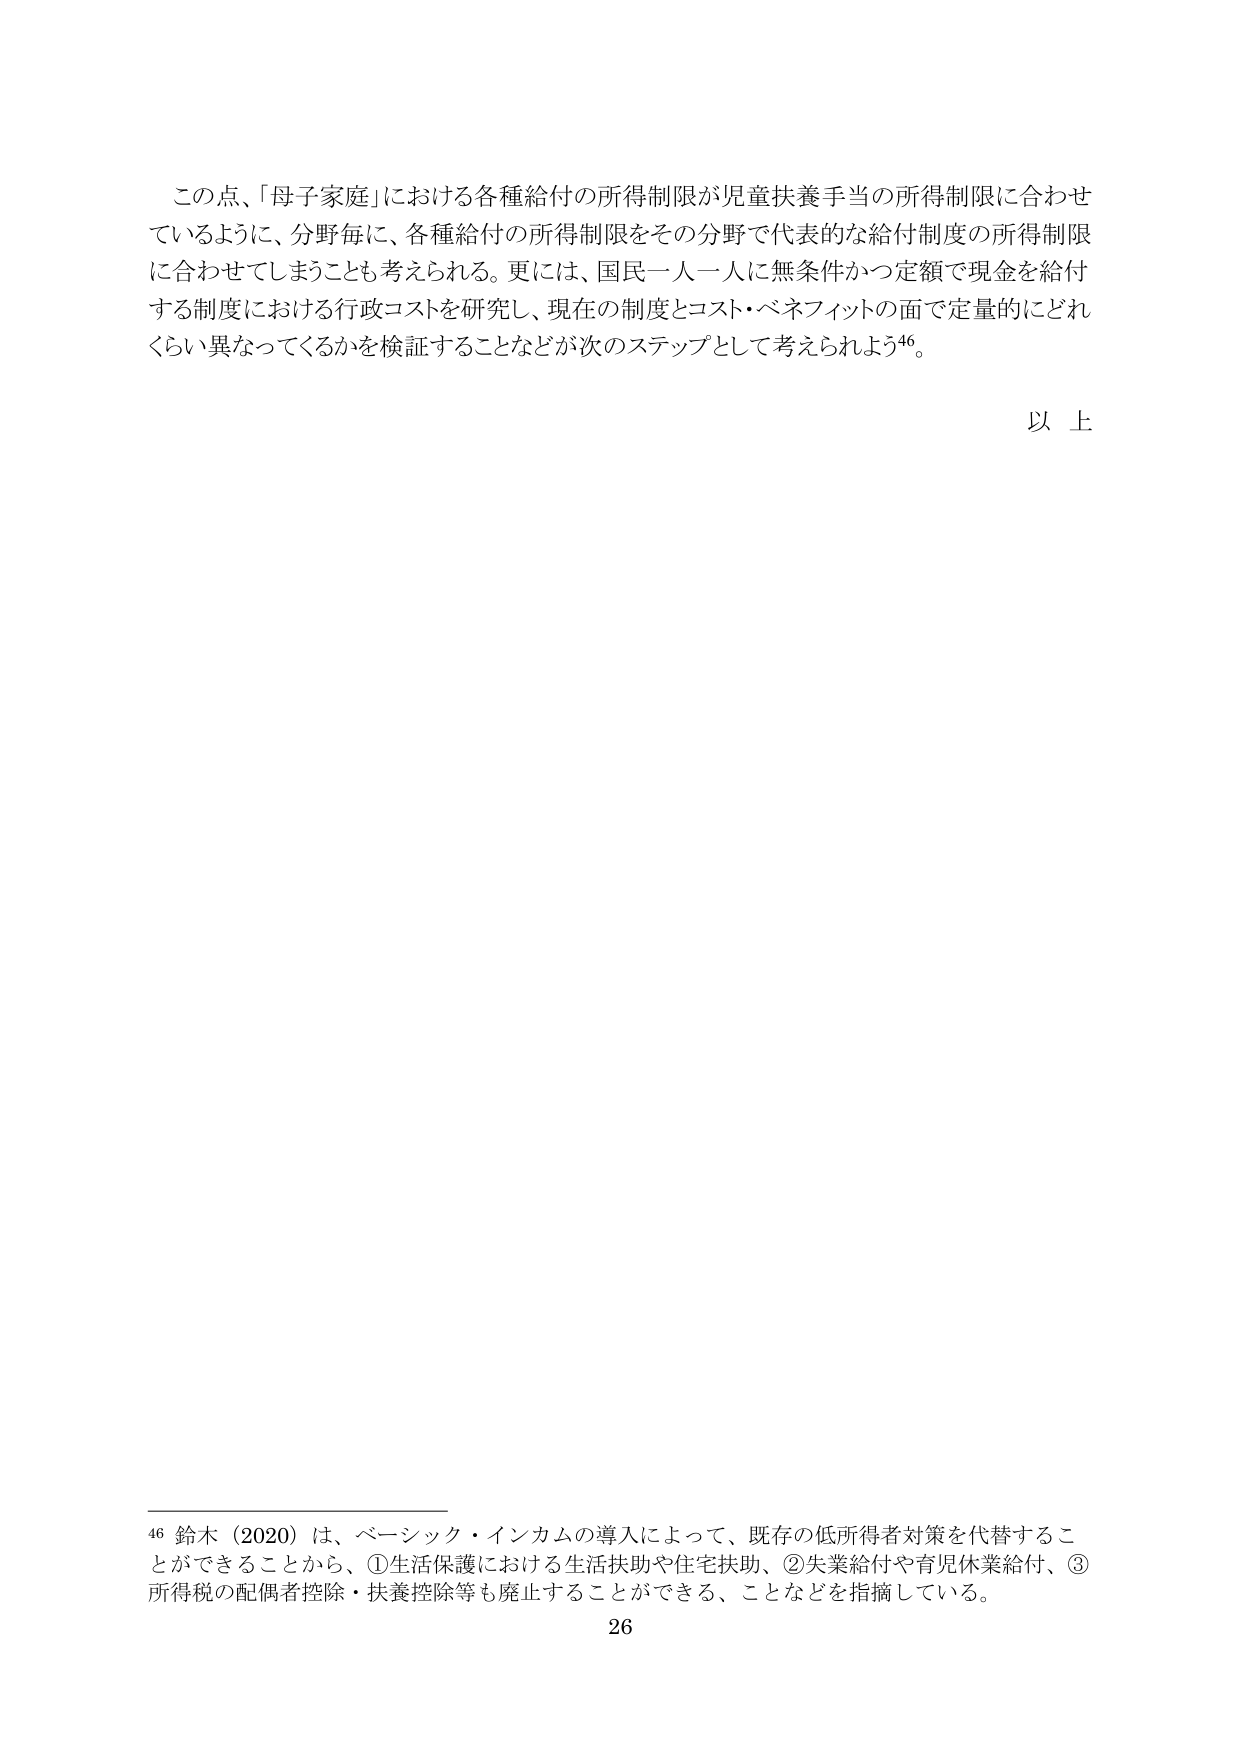
この点、「母子家庭」における各種給付の所得制限が児童扶養手当の所得制限に合わせているように、分野毎に、各種給付の所得制限をその分野で代表的な給付制度の所得制限に合わせてしまうことも考えられる。更には、国民一人一人に無条件かつ定額で現金を給付する制度における行政コストを研究し、現在の制度とコスト・ベネフィットの面で定量的にどれくらい異なってくるかを検証することなどが次のステップとして考えられよう⁴⁶。

以上

⁴⁶ 鈴木（2020）は、ベーシック・インカムの導入によって、既存の低所得者対策を代替することができることから、①生活保護における生活扶助や住宅扶助、②失業給付や育児休業給付、③所得税の配偶者控除・扶養控除等も廃止することができる、ことなどを指摘している。

26